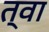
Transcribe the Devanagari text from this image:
त्‍वा